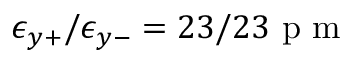
\epsilon _ { y + } / \epsilon _ { y - } = 2 3 / 2 3 \mathrm { ~ p ~ m ~ }